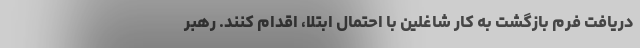
دریافت فرم بازگشت به کار شاغلین با احتمال ابتلا، اقدام کنند. رهبر